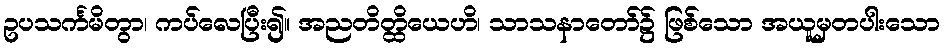
ဥပသင်္ကမိတွာ၊ ကပ်လေပြီး၍။ အညတိတ္ထိယေဟိ၊ သာသနာတော်၌ ဖြစ်သော အယူမှတပါးသော